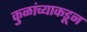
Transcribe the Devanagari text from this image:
कुळांच्याकडून